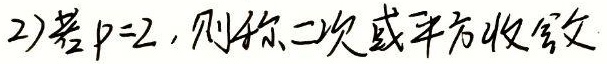
2)若\(p = 2\)，则称二次或平方收敛。